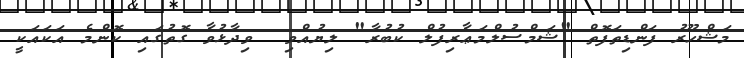
މަޝްހޫރު ފަންޑިތަފޮތް "ޝަމްސުލްމަޢާރިފުލް ކުބުރާ" ލިޔުއްވި  ވިދާޅުވާ ގޮތުގައި ކޮންމެ އަކައަކީ